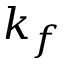
k _ { f }